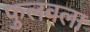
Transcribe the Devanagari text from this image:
फुलवला